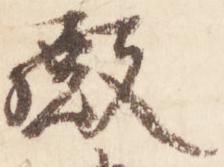
殿